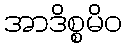
အာဒိစ္စမိဝ